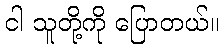
ငါ သူတို့ကို ပြောတယ်။